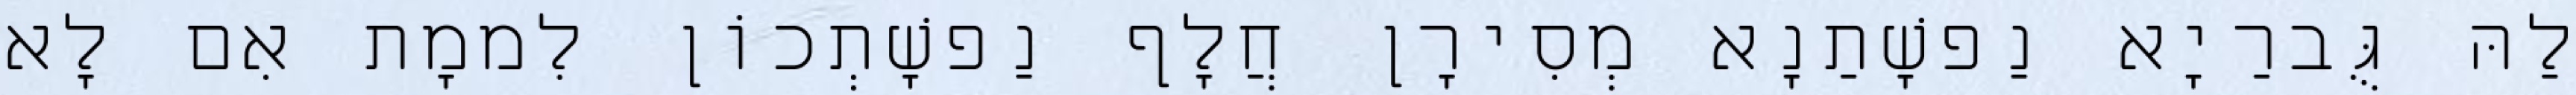
לַהּ גֻּברַיָא נַפשָׁתַנָא מְסִירָן חֲלָף נַפשָׁתְכוֹן לִממָת אִם לָא